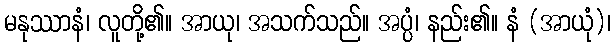
မနုဿာနံ၊ လူတို့၏။ အာယု၊ အသက်သည်။ အပ္ပံ၊ နည်း၏။ နံ (အာယုံ)၊